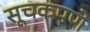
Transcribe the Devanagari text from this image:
सूचकपणे